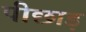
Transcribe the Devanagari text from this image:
पीछाड़